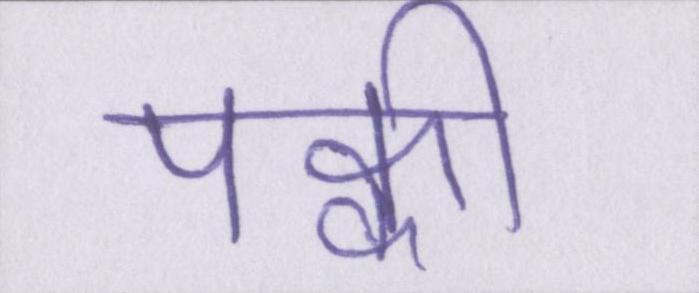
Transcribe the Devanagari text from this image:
पक्की